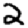
Digit: 2